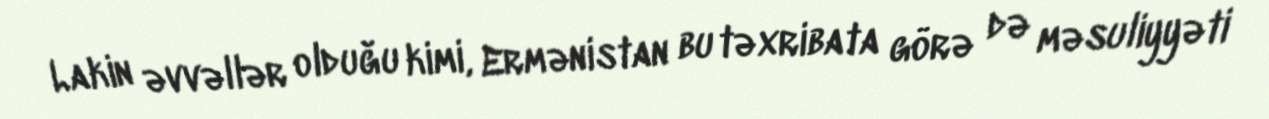
Lakin əvvəllər olduğu kimi, Ermənistan bu təxribata görə də məsuliyyəti